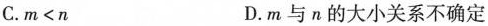
C.$$m<n$$ D.m与n的大小关系不确定